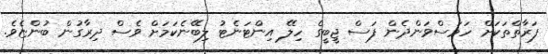
ފަރާތްތަކަށް ހަމަސްވަންދެން ފަސް ޖީބީގެ ހިލޭ އިންޓަނެޓު ލިބޭނެކަމަށް ވެސް ދިރާގުން ބުންޏެވެ.